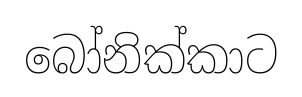
බෝනික්කාට